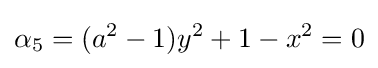
\alpha _{5}=(a^{2}-1)y^{2}+1-x^{2}=0